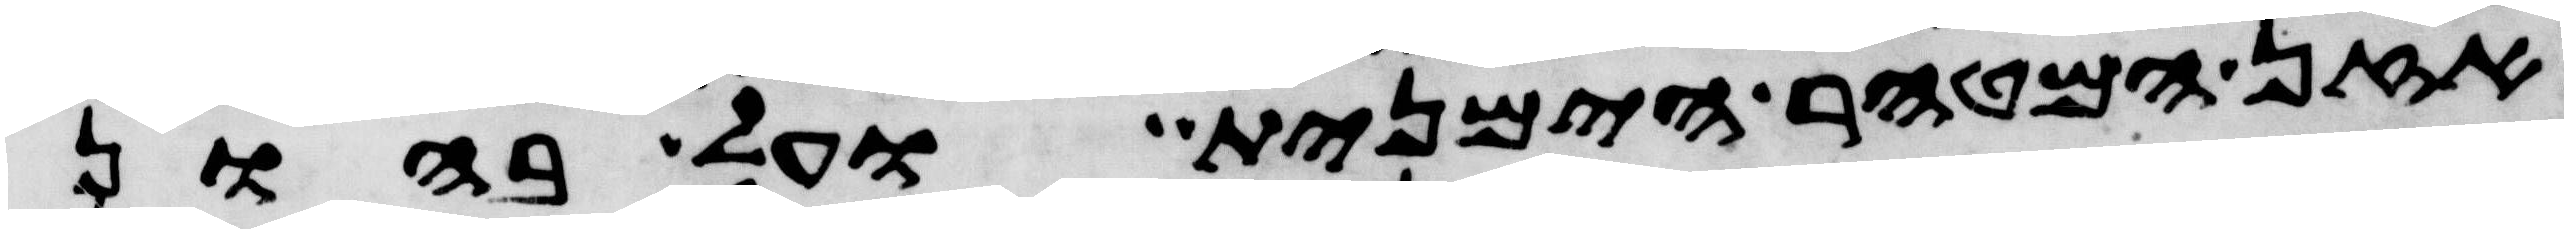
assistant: אזן המטהר הימנית ועל בהון